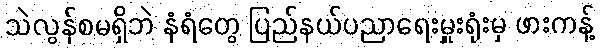
သဲလွန်စမရှိဘဲ နံရံတွေ ပြည်နယ်ပညာရေးမှူးရုံးမှ ဖားကန့်